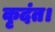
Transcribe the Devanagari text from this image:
कृदंत।